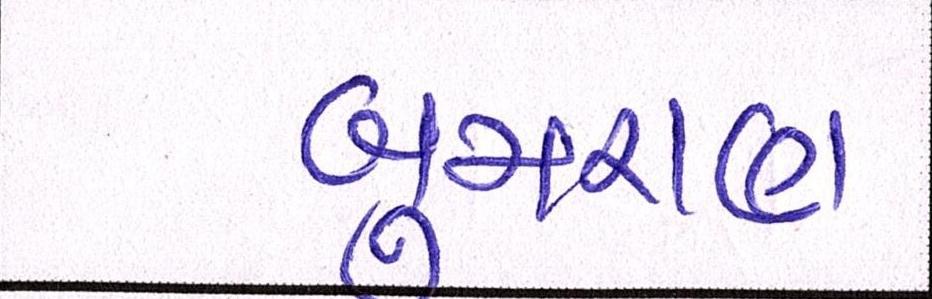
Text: બુમરાણ